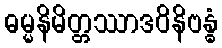
ဓမ္မနိမိတ္တဿာဒဝိနိဗန္ဓံ